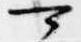
可